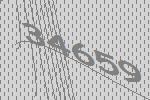
34659